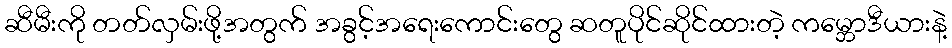
ဆီမီးကို တတ်လှမ်းဖို့အတွက် အခွင့်အရေးကောင်းတွေ ဆတူပိုင်ဆိုင်ထားတဲ့ ကမ္ဘောဒီယားနဲ့